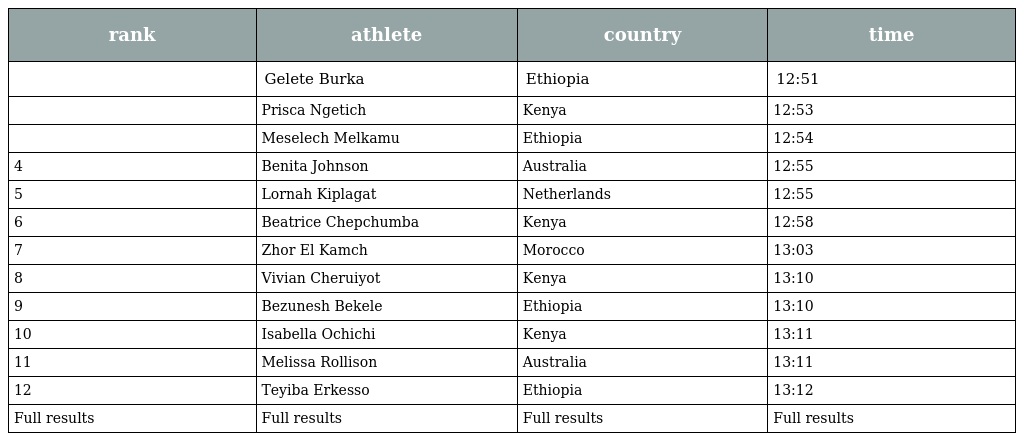
| rank | athlete | country | time |
 | --- | --- | --- | --- |
 |  | Gelete Burka | Ethiopia | 12:51 |
 |  | Prisca Ngetich | Kenya | 12:53 |
 |  | Meselech Melkamu | Ethiopia | 12:54 |
 | 4 | Benita Johnson | Australia | 12:55 |
 | 5 | Lornah Kiplagat | Netherlands | 12:55 |
 | 6 | Beatrice Chepchumba | Kenya | 12:58 |
 | 7 | Zhor El Kamch | Morocco | 13:03 |
 | 8 | Vivian Cheruiyot | Kenya | 13:10 |
 | 9 | Bezunesh Bekele | Ethiopia | 13:10 |
 | 10 | Isabella Ochichi | Kenya | 13:11 |
 | 11 | Melissa Rollison | Australia | 13:11 |
 | 12 | Teyiba Erkesso | Ethiopia | 13:12 |
 | Full results | Full results | Full results | Full results |